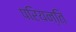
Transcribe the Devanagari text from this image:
परियन्ति